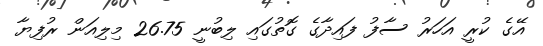
އޭގެ ކުރީ އަހަރު ސާފު ފައިދާގެ ގޮތުގައި ލިބުނީ 26.75 މިލިއަން ރުފިޔާ